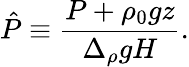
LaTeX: \hat{P}\equiv\frac{P+\rho_{0}gz}{\Delta_{\rho}gH}.